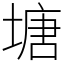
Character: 塘